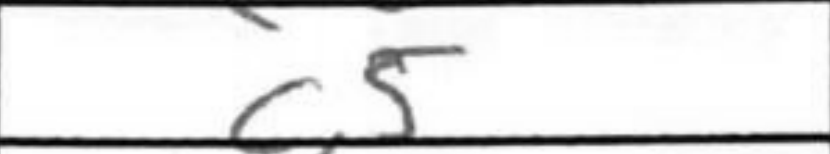
Transcription: c5